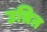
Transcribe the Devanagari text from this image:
उन्नित